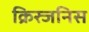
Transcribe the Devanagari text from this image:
क्रिस्जनिस